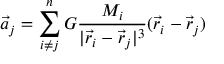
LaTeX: { \vec { a } } _ { j } = \sum _ { i \neq j } ^ { n } G { \frac { M _ { i } } { | { \vec { r } } _ { i } - { \vec { r } } _ { j } | ^ { 3 } } } ( { \vec { r } } _ { i } - { \vec { r } } _ { j } )